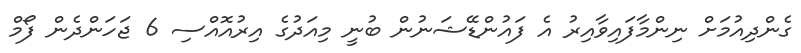
ގެންދިއުމަށް ނިންމާފައިވާއިރު އެ ފައުންޑޭޝަނުން ބުނީ މިއަދުގެ އިރުއޮއްސި 6 ޖަހަންދެން ފޯމް